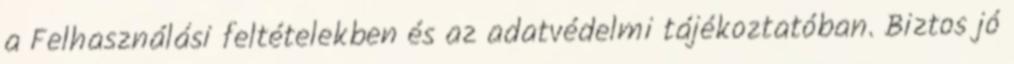
a Felhasználási feltételekben és az adatvédelmi tájékoztatóban. Biztos jó